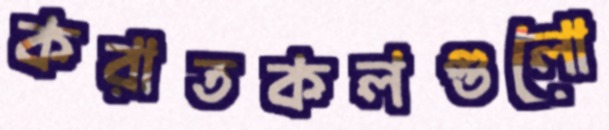
করাতকলগুলো